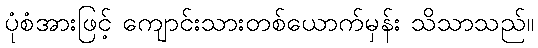
ပုံစံအားဖြင့် ကျောင်းသားတစ်ယောက်မှန်း သိသာသည်။